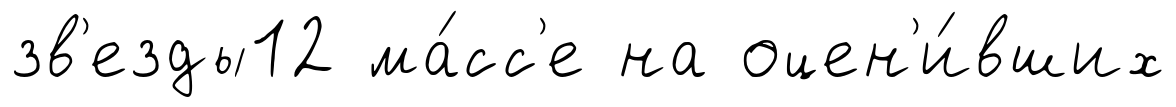
зв'езды12 ма́сс'е на оцен'и́вших